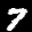
Label: 7